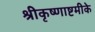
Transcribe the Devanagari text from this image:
श्रीकृष्णाष्टमीके